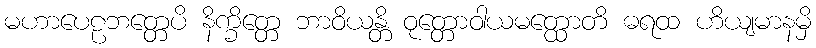
မဟာပေဠဘတ္တေပိ နိက္ခိတ္တေ ဘာဝိယန္တိ ဝုတ္တောဝါယမတ္ထောတိ ဓရထ ဟိယျမာနမှိ